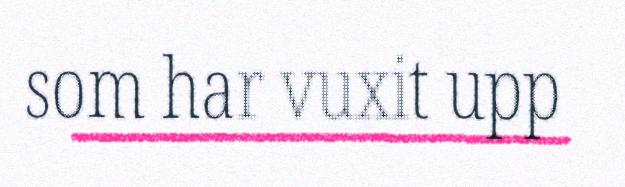
som har vuxit upp